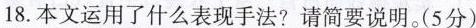
18.本文运用了什么表现手法?请简要说明。(5分)